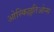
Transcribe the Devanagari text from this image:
ओस्किल्लतिओन्स